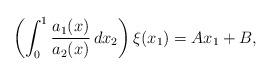
LaTeX: \begin{align*} \left (\int_0^1 \frac{a_1(x)}{a_2(x)}\,dx_2\right) \xi(x_1) = A x_1+ B,\end{align*}